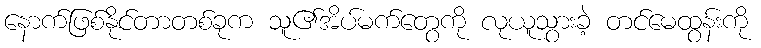
နောက်ဖြစ်နိုင်တာတစ်ခုက သူ၏အိပ်မက်တွေကို လုယူသွားခဲ့ တင်မေထွန်းကို